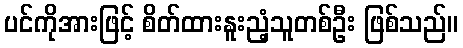
ပင်ကိုအားဖြင့် စိတ်ထားနူးညံ့သူတစ်ဦး ဖြစ်သည်။